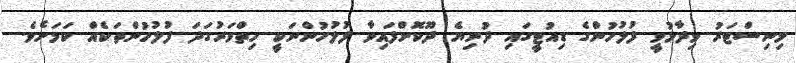
މިނިސްޓަރު ވިދާޅުވީ ފުލުހުންގެ ޑިއުޓީގައި ދުނިޔެ ދޫކޮށްފައިވާ ފުލުހުންނަކީ ހިތްވަރުގަދަ ފުލުހުންތަކެއް ކަމަށެވެ.